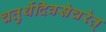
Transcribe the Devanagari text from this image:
चतुर्थेदिवसेचरेत्